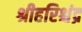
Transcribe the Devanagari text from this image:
श्रीहरिश्चंद्र